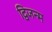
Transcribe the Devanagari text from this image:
द्विजन्‍म